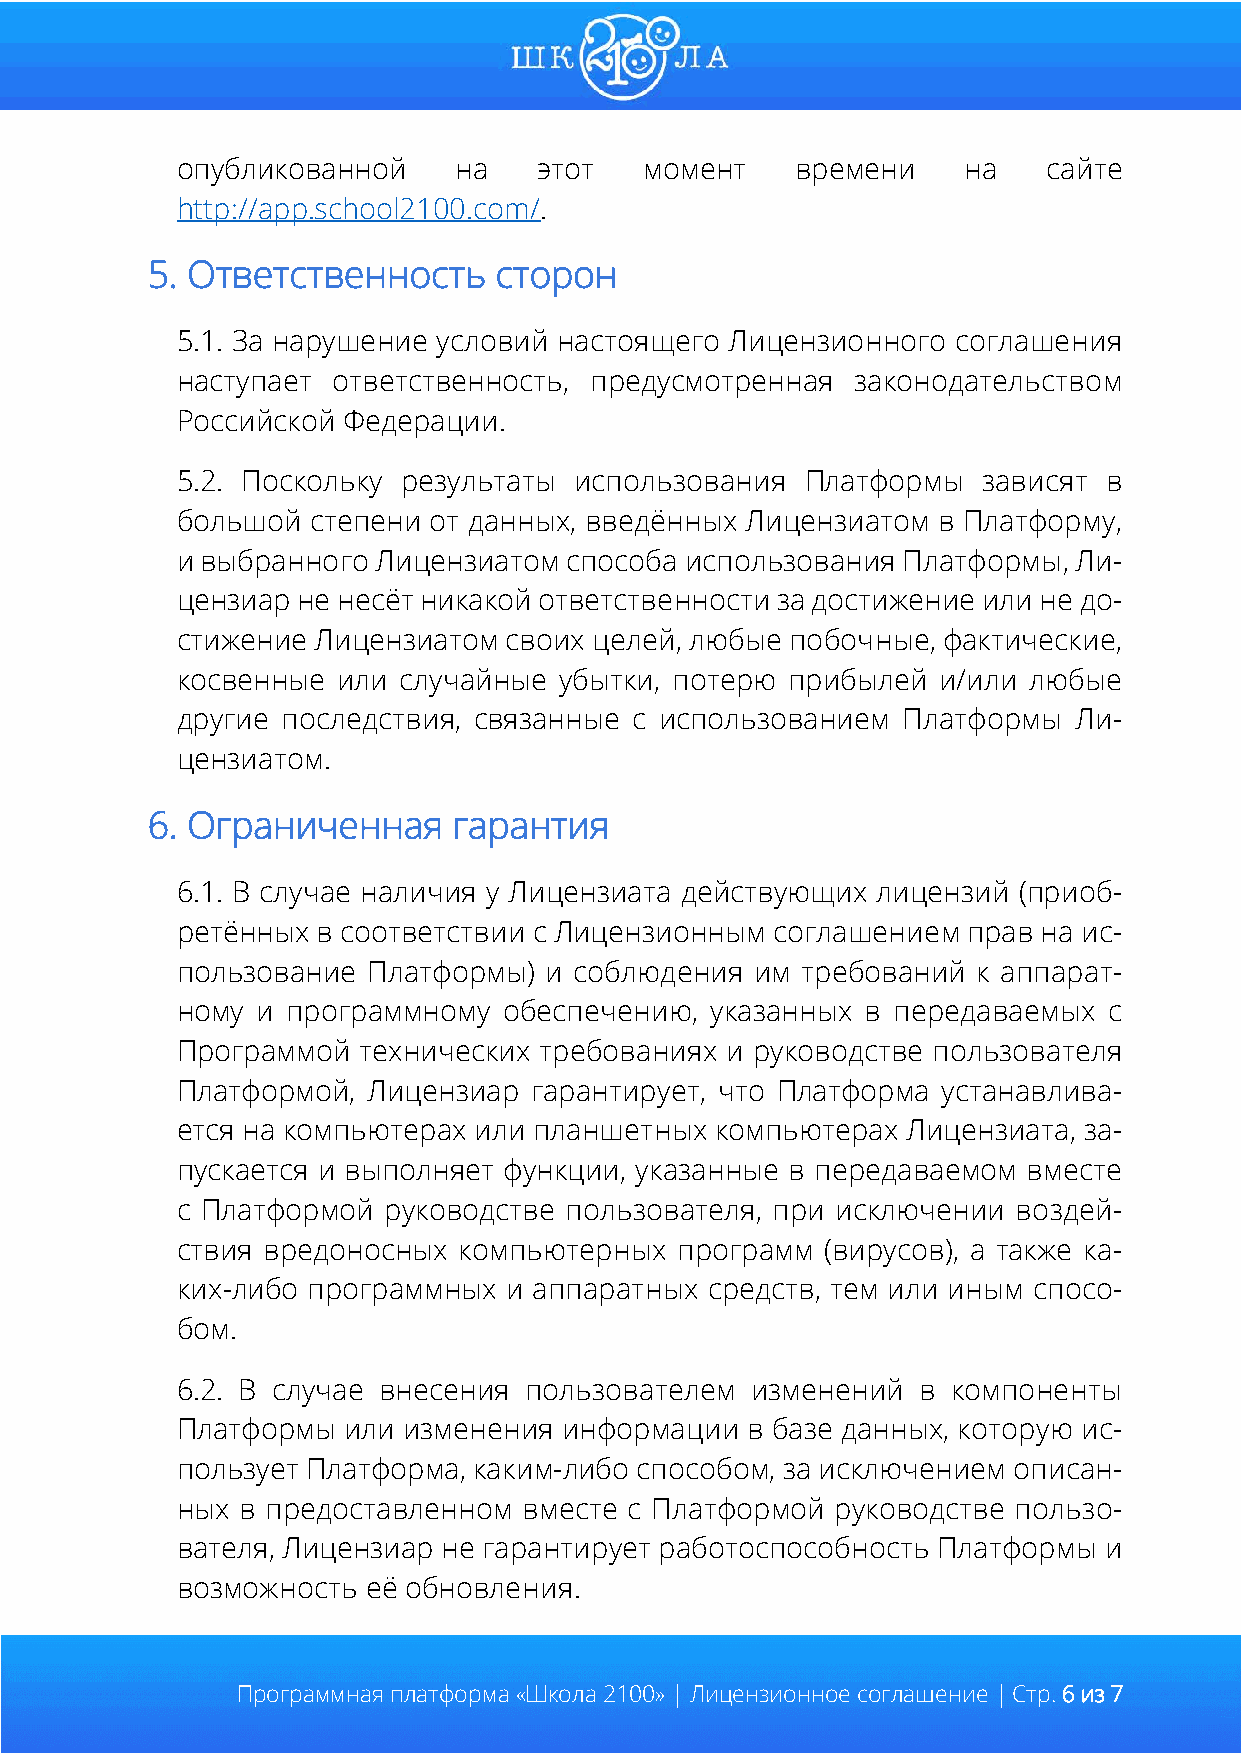
опубликованной    на    этот   момент    времени    на   сайте
 http://app.school2100.com/.
 5. Ответственность     сторон
 5.1. За нарушение условий настоящего Лицензионного соглашения
 наступает ответственность, предусмотренная   законодательством
 Российской Федерации.
 5.2. Поскольку результаты использования  Платформы   зависят в
 большой  степени от данных, введённых Лицензиатом в Платформу,
 и выбранного Лицензиатом  способа использования Платформы, Ли-
 цензиар не несёт никакой ответственности за достижение или не до-
 стижение Лицензиатом своих целей, любые побочные, фактические,
 косвенные или случайные  убытки, потерю прибылей  и/или любые
 другие последствия, связанные с использованием  Платформы  Ли-
 цензиатом.
 6. Ограниченная     гарантия
 6.1. В случае наличия у Лицензиата действующих лицензий (приоб-
 ретённых в соответствии с Лицензионным соглашением  прав на ис-
 пользование Платформы)  и соблюдения  им требований  к аппарат-
 ному и программному  обеспечению,  указанных в передаваемых  с
 Программой  технических требованиях и руководстве пользователя
 Платформой, Лицензиар  гарантирует, что Платформа устанавлива-
 ется на компьютерах или планшетных компьютерах  Лицензиата, за-
 пускается и выполняет функции, указанные в передаваемом вместе
 с Платформой руководстве пользователя, при исключении  воздей-
 ствия вредоносных компьютерных   программ  (вирусов), а также ка-
 ких-либо программных  и аппаратных средств, тем или иным спосо-
 бом.
 6.2. В случае внесения пользователем  изменений  в компоненты
 Платформы  или изменения информации  в базе данных, которую ис-
 пользует Платформа, каким-либо способом, за исключением описан-
 ных в предоставленном  вместе с Платформой руководстве пользо-
 вателя, Лицензиар не гарантирует работоспособность Платформы и
 возможность её обновления.
 Программная платформа «Школа 2100» | Лицензионное соглашение | Стр. 6 из 7